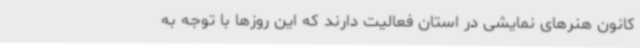
کانون هنرهای نمایشی در استان فعالیت دارند که این روزها با توجه به